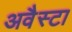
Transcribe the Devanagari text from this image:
अवैस्टा